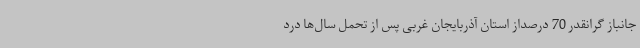
جانباز گرانقدر 70 درصداز استان آذربایجان غربی پس از تحمل سال‌ها درد